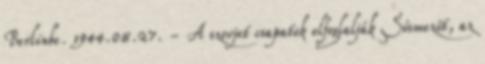
Berlinbe. 1944.08.27. - A szovjet csapatok elfoglalják Sósmezõt, az